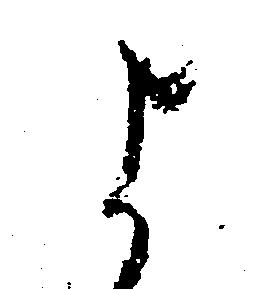
よ